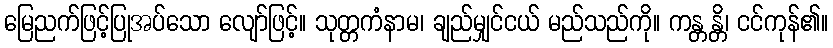
မြေညက်ဖြင့်ပြုအပ်သော လျော်ဖြင့်။ သုတ္တကံနာမ၊ ချည်မျှင်ငယ် မည်သည်ကို။ ကန္တန္တိ၊ ငင်ကုန်၏။